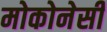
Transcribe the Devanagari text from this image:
मोकोनेसी